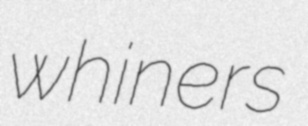
whiners